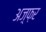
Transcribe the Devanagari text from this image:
अज़्फ़र